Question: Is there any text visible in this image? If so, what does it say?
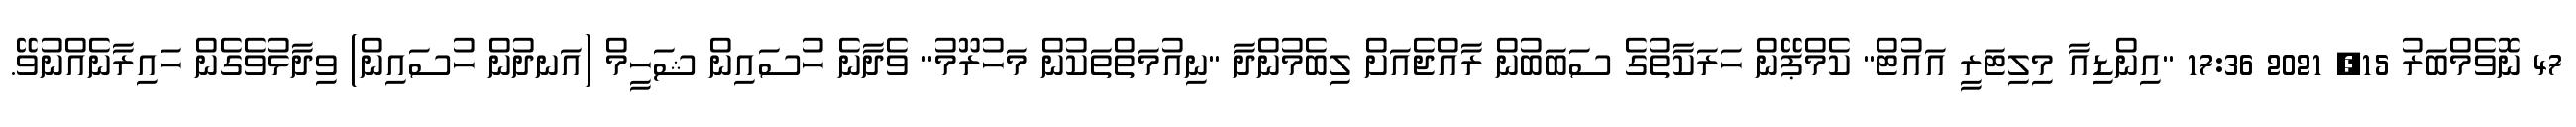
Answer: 47 ނޮވެމްބަރު 15, 2021 17:36 "އިންޑިއާ މިލިޓަރީ އައުޓް" ކެމްޕޭން ހަރަކާތުގެ ސަބަބުން ރާއްޖެއަށް ލިބެމުންދާ "ނިއުމަތްތަކުން މަހުރޫމު" ވެދާނެ ހުސައިން ޝަހީމް (އަނދުން ހުސައިން) ވިދާޅުވެގެން ހައިރާނެއްނުވޭ.